Lunatic asylums in Bengal annual reports 1888-1898 - 1888-1898
Year: 1888
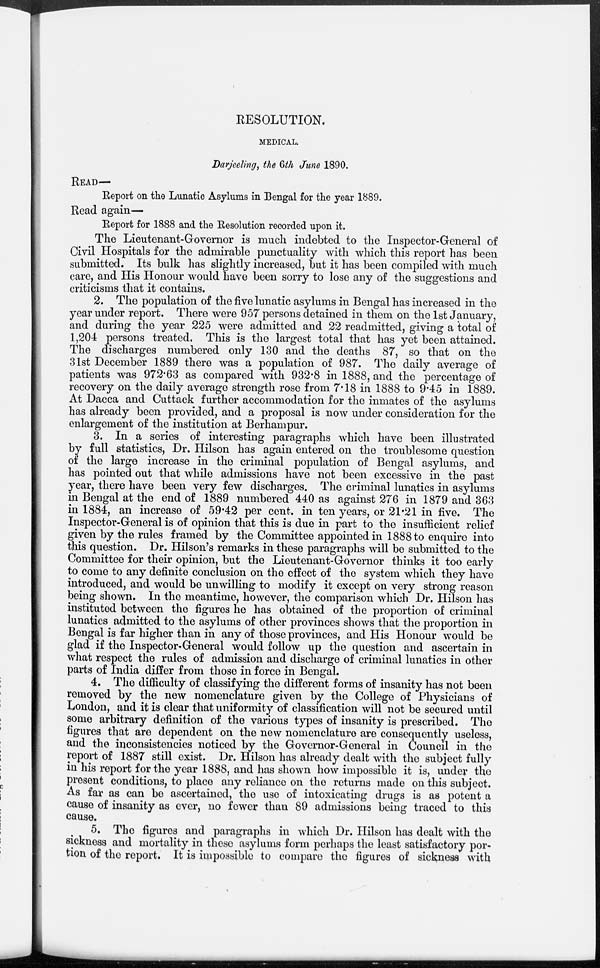
RESOLUTION.
MEDICAL.
Darjeeling, the 6th June 1890.
READ—
Report on the Lunatic Asylums in Bengal for the year 1889.
Read again—
Report for 1888 and the Resolution recorded upon it.
The Lieutenant-Governor is much indebted to the Inspector-General of
Civil Hospitals for the admirable punctuality with which this report has been
submitted. Its bulk has slightly increased, but it has been compiled with much
care, and His Honour would have been sorry to lose any of the suggestions and
criticisms that it contains.
2. The population of the five lunatic asylums in Bengal has increased in the
year under report. There were 957 persons detained in them on the 1st January,
and during the year 225 were admitted and 22 readmitted, giving a total of
1,204 persons treated. This is the largest total that has yet been attained.
The discharges numbered only 130 and the deaths 87, so that on the
31st December 1889 there was a population of 987. The daily average of
patients was 972.63 as compared with 932.8 in 1888, and the percentage of
recovery on the daily average strength rose from 7.18 in 1888 to 9.45 in 1889.
At Dacca and Cuttack further accommodation for the inmates of the asylums
has already been provided, and a proposal is now under consideration for the
enlargement of the institution at Berhampur.
3. In a series of interesting paragraphs which have been illustrated
by full statistics, Dr. Hilson has again entered on the troublesome question
of the large increase in the criminal population of Bengal asylums, and
has pointed out that while admissions have not been excessive in the past
year, there have been very few discharges. The criminal lunatics in asylums
in Bengal at the end of 1889 numbered 440 as against 276 in 1879 and 363
in 1884, an increase of 59.42 per cent. in ten years, or 21.21 in five. The
Inspector-General is of opinion that this is due in part to the insufficient relief
given by the rules framed by the Committee appointed in 1888 to enquire into
this question. Dr. Hilson's remarks in these paragraphs will be submitted to the
Committee for their opinion, but the Lieutenant-Governor thinks it too early
to come to any definite conclusion on the effect of the system which they have
introduced, and would be unwilling to modify it except on very strong reason
being shown. In the meantime, however, the comparison which Dr. Hilson has
instituted between the figures he has obtained of the proportion of criminal
lunatics admitted to the asylums of other provinces shows that the proportion in
Bengal is far higher than in any of those provinces, and His Honour would be
glad if the Inspector-General would follow up the question and ascertain in
what respect the rules of admission and discharge of criminal lunatics in other
parts of India differ from those in force in Bengal.
4. The difficulty of classifying the different forms of insanity has not been
removed by the new nomenclature given by the College of Physicians of
London, and it is clear that uniformity of classification will not be secured until
some arbitrary definition of the various types of insanity is prescribed. The
figures that are dependent on the new nomenclature are consequently useless,
and the inconsistencies noticed by the Governor-General in Council in the
report of 1887 still exist. Dr. Hilson has already dealt with the subject fully
in his report for the year 1888, and has shown how impossible it is, under the
present conditions, to place any reliance on the returns made on this subject.
As far as can be ascertained, the use of intoxicating drugs is as potent a
cause of insanity as ever, no fewer than 89 admissions being traced to this
cause.
5. The figures and paragraphs in which Dr. Hilson has dealt with the
sickness and mortality in these asylums form perhaps the least satisfactory por-
tion of the report. It is impossible to compare the figures of sickness with